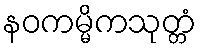
နဝကမ္မိကသုတ္တံ